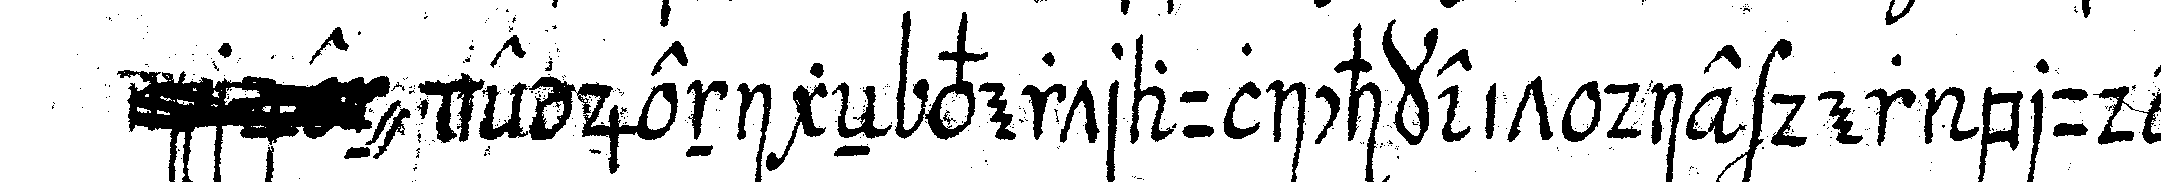
" derjenigeN vertraulichkeit die der bruder